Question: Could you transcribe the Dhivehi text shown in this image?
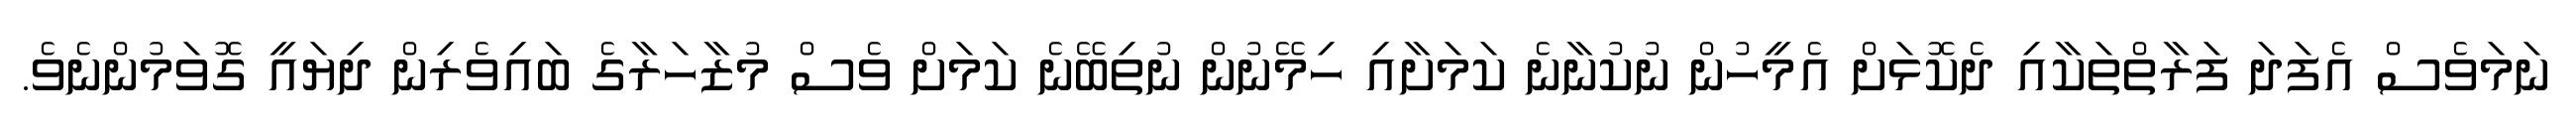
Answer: ނަމަވެސް އެފަދަ ފަރާތްތަކާއި ދެކޮޅަށް އެމީހުން ނުކުނާނެ ކަމަށާއި ހިމޭނުން ނުތިބޭނެ ކަމަށް ވެސް މުޒާހަރާގެ ބައިވެރިން ދިޔައީ ގޮވަމުންނެވެ.